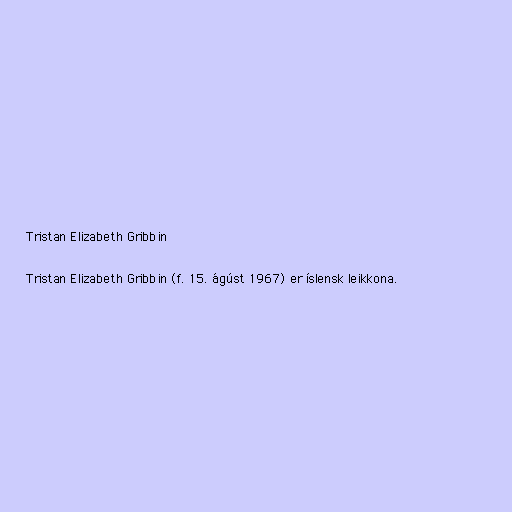
Tristan Elizabeth Gribbin

Tristan Elizabeth Gribbin (f. 15. ágúst 1967) er íslensk leikkona.